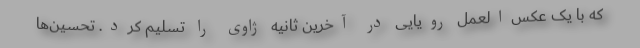
که با یک عکس‌العمل رویایی در آخرین ثانیه ژاوی را تسلیم کرد. تحسین‌ها